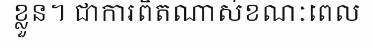
ខ្លួន។ ជាការពិតណាស់ខណៈពេល